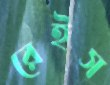
রেইস